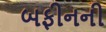
બફીનની